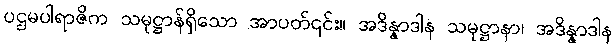
ပဌမပါရာဇိက သမုဋ္ဌာန်ရှိသော အာပတ်၎င်း။ အဒိန္နာဒါန သမုဋ္ဌာနာ၊ အဒိန္နာဒါန